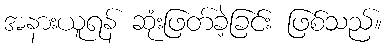
အနားယူရန် ဆုံးဖြတ်ခဲ့ခြင်း ဖြစ်သည်။